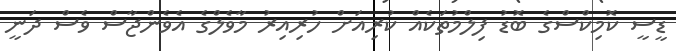
ޑީސީ ކޮމިކްސްގެ ބޮޑު ފިލްމުތަކެއް ކުރިއަށް ހުރިއިރު މާވެލްގެ އެވެންޖާސް ވެސް ދަނީ